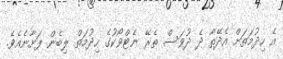
އެ ހިދުމަތަށް އެދޭތާ ދެ ދުވަސް ތެރޭ ނެޓްވޯކުގެ ހިދުމަތް ލިބެން ފަށާނެއެވެ.